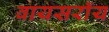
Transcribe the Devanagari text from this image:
वायसराॅय